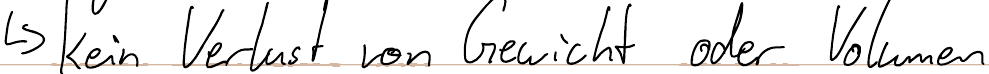
-> kein Verlust von Gewicht oder Volumen